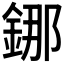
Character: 𰼴